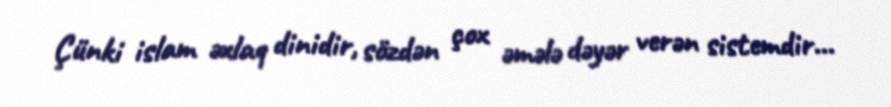
Çünki islam əxlaq dinidir, sözdən çox əmələ dəyər verən sistemdir...